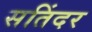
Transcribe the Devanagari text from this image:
सतिंदर